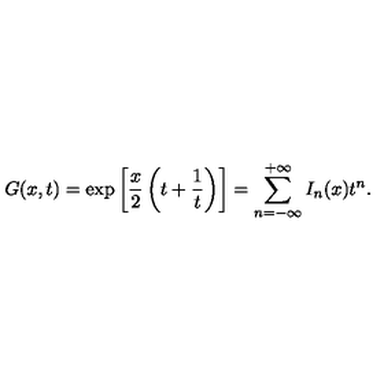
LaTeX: G ( x , t ) = \exp \left[ \frac { x } { 2 } \left( t + \frac { 1 } { t } \right) \right] = \sum _ { n = - \infty } ^ { + \infty } I _ { n } ( x ) t ^ { n } .